画像に写った文字を読んでください
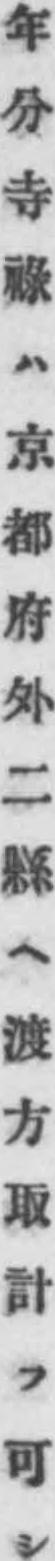
「年分寺祿ハ京都府外二縣ヘ渡方取計フ可シ」と書いてあります